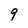
Character: 9